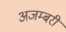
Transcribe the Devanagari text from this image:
अजम्बरी